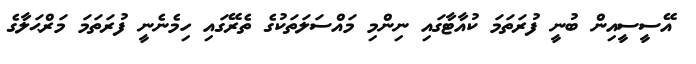
އޭސީސީއިން ބުނީ ފުރަތަަމަ ކުއާޓާގައި ނިންމި މައްސަލަތަކުގެ ތެރޭގައި ހިމެނެނީ ފުރަތަމަ މަރްޙަލާގެ